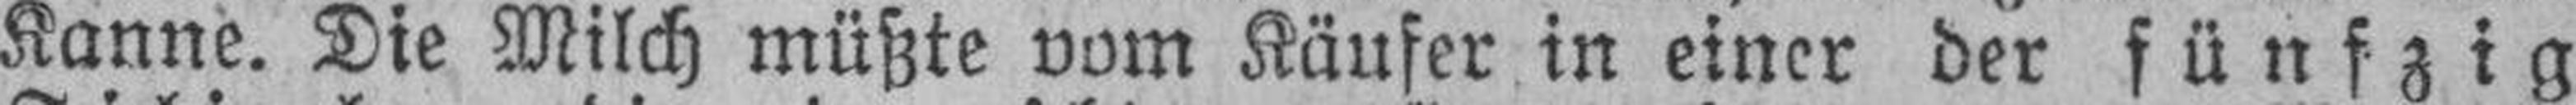
Kanne. Die Milch müßte vom Käufer in einer der fünfzig